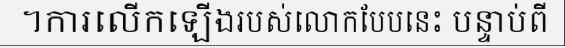
។ការលើកឡើងរបស់លោកបែបនេះ បន្ទាប់ពី